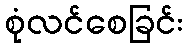
စုံလင်စေခြင်း